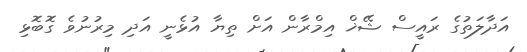
އަދާލަތުގެ ރައީސް ޝޭޚް އިމްރާން އަށް ތިޔާ އުޅެނީ އަދި މިރުނުވެ ގޮބޮޅި